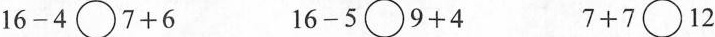
$$1 6 - 4 \circ 7 + 6$$ $$1 6 - 5 \circ 9 + 4$$ $$7 + 7 \circ 1 2$$